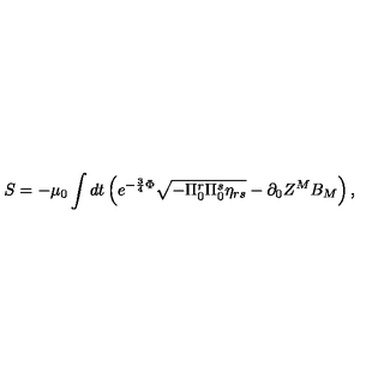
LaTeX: S = - \mu _ { 0 } \int d t \left( e ^ { - { \frac { 3 } { 4 } } \Phi } \sqrt { - \Pi _ { 0 } ^ { r } \Pi _ { 0 } ^ { s } \eta _ { r s } } - \partial _ { 0 } Z ^ { M } B _ { M } \right) ,